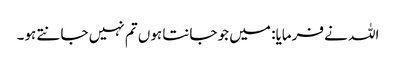
اللہ نے فرمایا: میں جو جانتا ہوں تم نہیں جانتے ہو۔